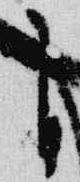
自